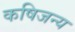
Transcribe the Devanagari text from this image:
कषिजन्य